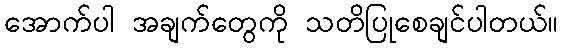
အောက်ပါ အချက်တွေကို သတိပြုစေချင်ပါတယ်။